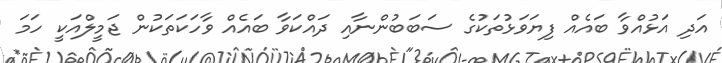
އަދި އަޅުއްވާ ބައެއް ފިޔަވަޅުތަކުގެ ސަބަބުންނާއި ދައްކަވާ ބައެއް ވާހަކަތަކުން ޖަމީލްއަކީ ހަމަ